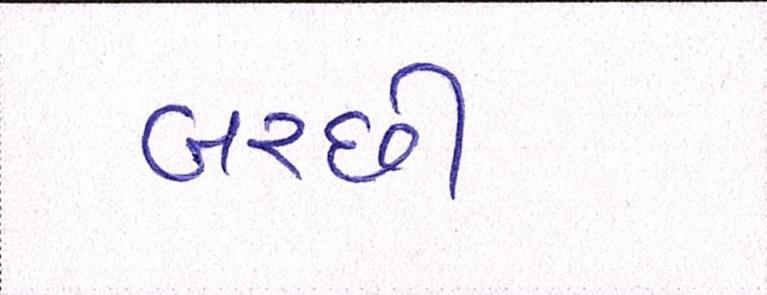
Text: બરછી